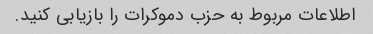
اطلاعات مربوط به حزب دموکرات را بازیابی کنید.